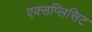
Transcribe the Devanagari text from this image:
एक्सप्लिसिट